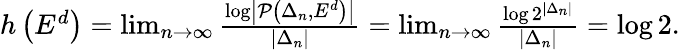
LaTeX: \begin{array}{r}{h\left(E^{d}\right)=\operatorname*{lim}_{n\to\infty}\frac{\log\left|\mathcal{P}\left(\Delta_{n},E^{d}\right)\right|}{\left|\Delta_{n}\right|}=\operatorname*{lim}_{n\to\infty}\frac{\log 2^{\left|\Delta_{n}\right|}}{\left|\Delta_{n}\right|}=\log 2.}\end{array}